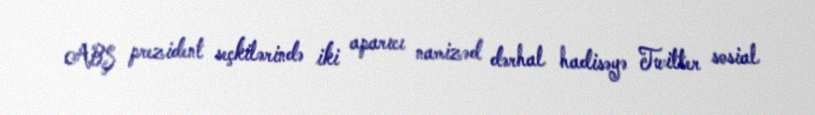
ABŞ prezident seçkilərində iki aparıcı namizəd dərhal hadisəyə Twitter sosial